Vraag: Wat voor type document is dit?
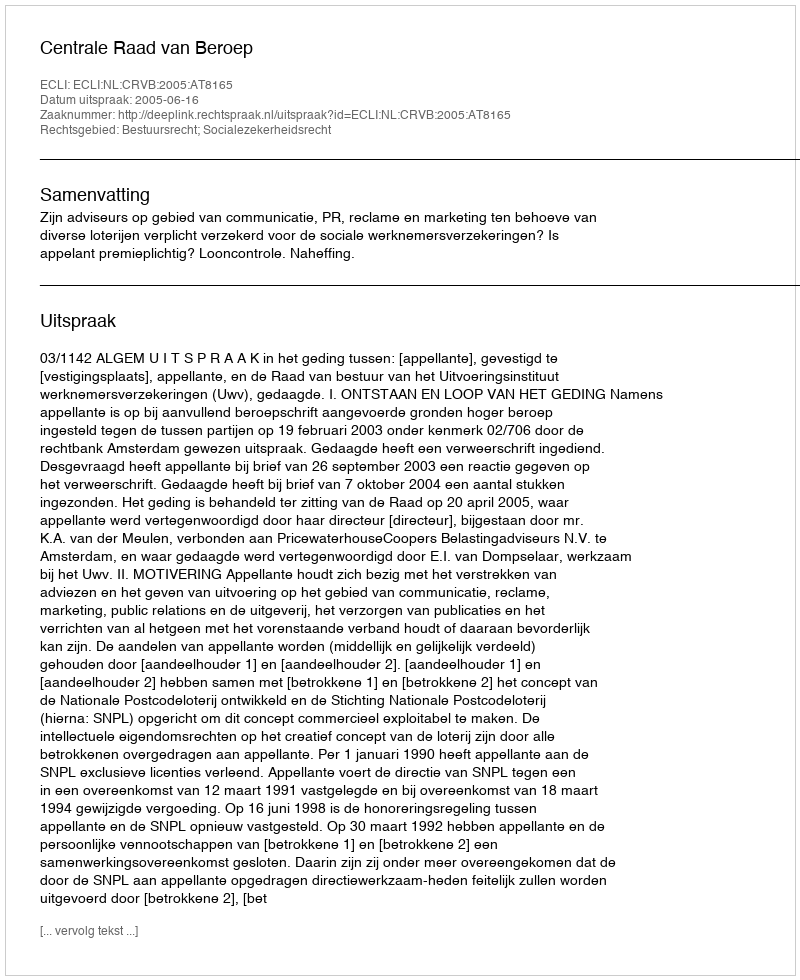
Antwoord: Uitspraak